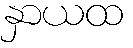
နှာယထ